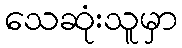
သေဆုံးသူမှာ